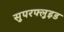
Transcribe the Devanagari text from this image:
सुपरफ्लुइड